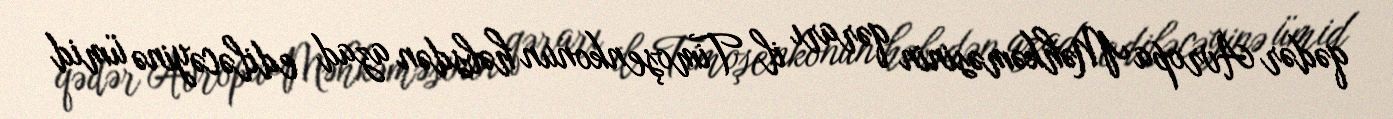
qədər Avropa Məhkəməsinin qərarı il Timoşenkonun həbsdən azad ediləcəyinə ümid